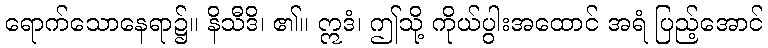
ရောက်သောနေရာ၌။ နိသီဒိ၊ ၏။ ဣဒံ၊ ဤသို့ ကိုယ်ပွါးအထောင် အရံ ပြည့်အောင်